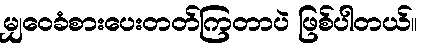
မျှဝေခံစားပေးတတ်ကြတာပဲ ဖြစ်ပါတယ်။